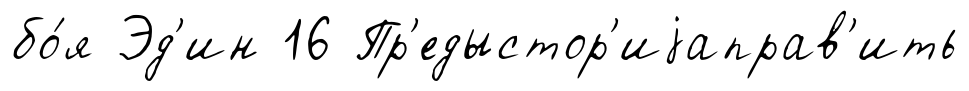
бо́я Эд'ин 16 Пр'едыстор'иjаправ'ить